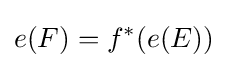
e(F)=f^{*}(e(E))